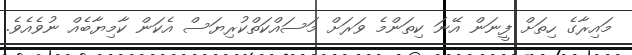
މައިރާގެ ހިތަށް ފީނަން އޭނަ ކިތަންމެ ވަރަށް މަސައްކަތްކުރިޔަސް އެކަން ކާމިޔާބެއް ނުވެއެވެ.